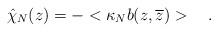
LaTeX: \begin{align*}\hat\chi_N(z)=-<\kappa_Nb(z,\overline z)>\quad.\end{align*}